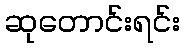
ဆုတောင်းရင်း